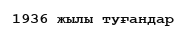
1936 жылы туғандар